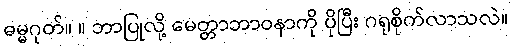
ဓမ္မဂုတ်။ ။ ဘာပြုလို့ မေတ္တာဘာဝနာကို ပိုပြီး ဂရုစိုက်လာသလဲ။